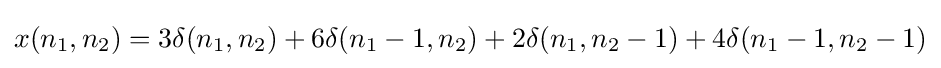
x(n_{1},n_{2})=3\delta (n_{1},n_{2})+6\delta (n_{1}-1,n_{2})+2\delta (n_{1},n_{2}-1)+4\delta (n_{1}-1,n_{2}-1)